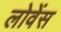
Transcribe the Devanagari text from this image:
लोवेंस